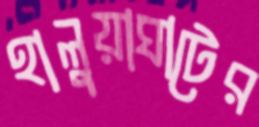
হালুয়াঘাটের